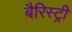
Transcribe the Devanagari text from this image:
बैरिस्ट्री